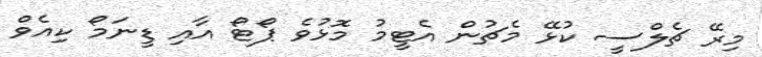
މިރޭ ޗެލްސީ ކުޅޭ މެޗުން އެޓީމު މޮޅުވެ ޕޯޓޯ އާއި ޑީނަމޯ ކިއެވް